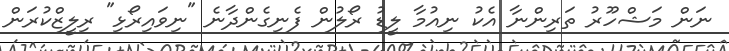
ނަން މަޝްހޫރު ތަރިންނާ އެކު ނިއުމާ ލީޑު ރޯލުން ފެނިގެންދާނެ "ނިވައިރޯޅި" ރިލީޒްކުރަން